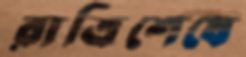
রাত্রিশেষে